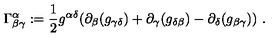
\Gamma _ { \beta \gamma } ^ { \alpha } : = \frac { 1 } { 2 } g ^ { \alpha \delta } ( \partial _ { \beta } ( g _ { \gamma \delta } ) + \partial _ { \gamma } ( g _ { \delta \beta } ) - \partial _ { \delta } ( g _ { \beta \gamma } ) ) \ .